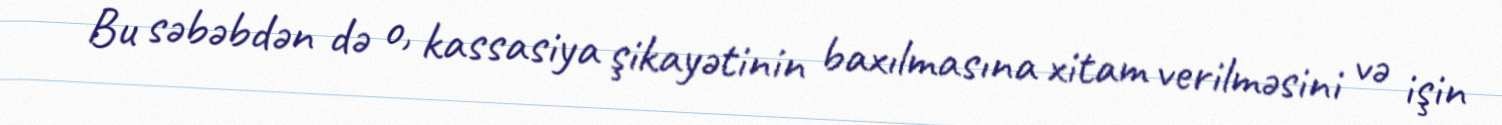
Bu səbəbdən də o, kassasiya şikayətinin baxılmasına xitam verilməsini və işin